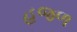
હજળ